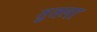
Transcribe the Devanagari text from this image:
तुतला